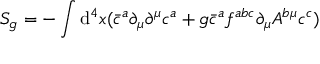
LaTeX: S _ { g } = - \int \operatorname { d } \! ^ { 4 } x ( { \bar { c } } ^ { a } \partial _ { \mu } \partial ^ { \mu } c ^ { a } + g { \bar { c } } ^ { a } f ^ { a b c } \partial _ { \mu } A ^ { b \mu } c ^ { c } )